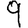
Digit: 9